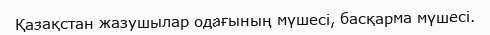
Қазақстан жазушылар одағының мүшесі, басқарма мүшесі.